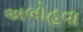
અબોહવા